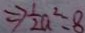
\Rightarrow \frac { 1 } { 2 } a ^ { 2 } = 8